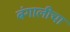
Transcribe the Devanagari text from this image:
बंगालीचा